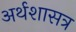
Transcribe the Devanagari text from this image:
अर्थशासत्र